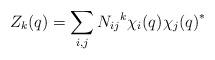
LaTeX: \begin{align*}Z_k(q)=\sum_{i,j} N_{ij}{}^k\chi_{i}(q){\chi_j(q)}^*\end{align*}